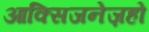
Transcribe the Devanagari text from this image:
आक्सिजनेज़हो